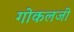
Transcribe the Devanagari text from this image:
गोकलजी